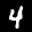
Label: 4